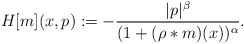
\begin{align*}H[m](x, p) :=- \frac{|p|^\beta}{ (1+(\rho*m)(x))^\alpha}.\end{align*}